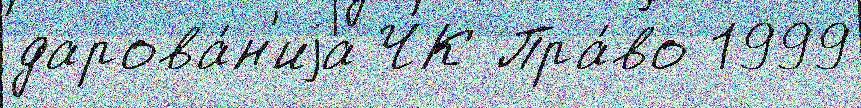
дарова́н'иjа ЧК Пра́во 1999